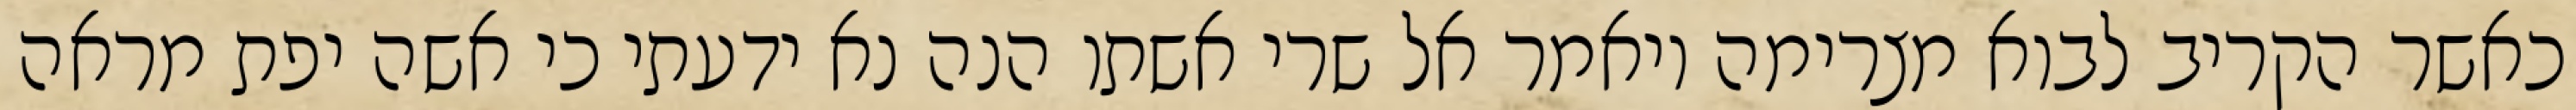
כאשר הקריב לבוא מצרימה ויאמר אל שרי אשתו הנה נא ידעתי כי אשה יפת מראה